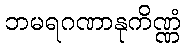
ဘမရဂဏာနုကိဏ္ဏံ